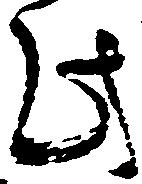
此